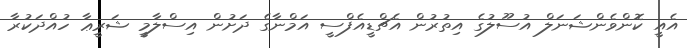
އެއީ ކޮންވެންޝަނަލް އުސޫލުގެ އިތުރުން އެޗްޑީއެފްސީ އަމްނާގެ ދަށުން އިސްލާމީ ޝަރީޢާ ހުއްދަކުރާ